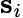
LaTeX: \textbf{s}_{i}